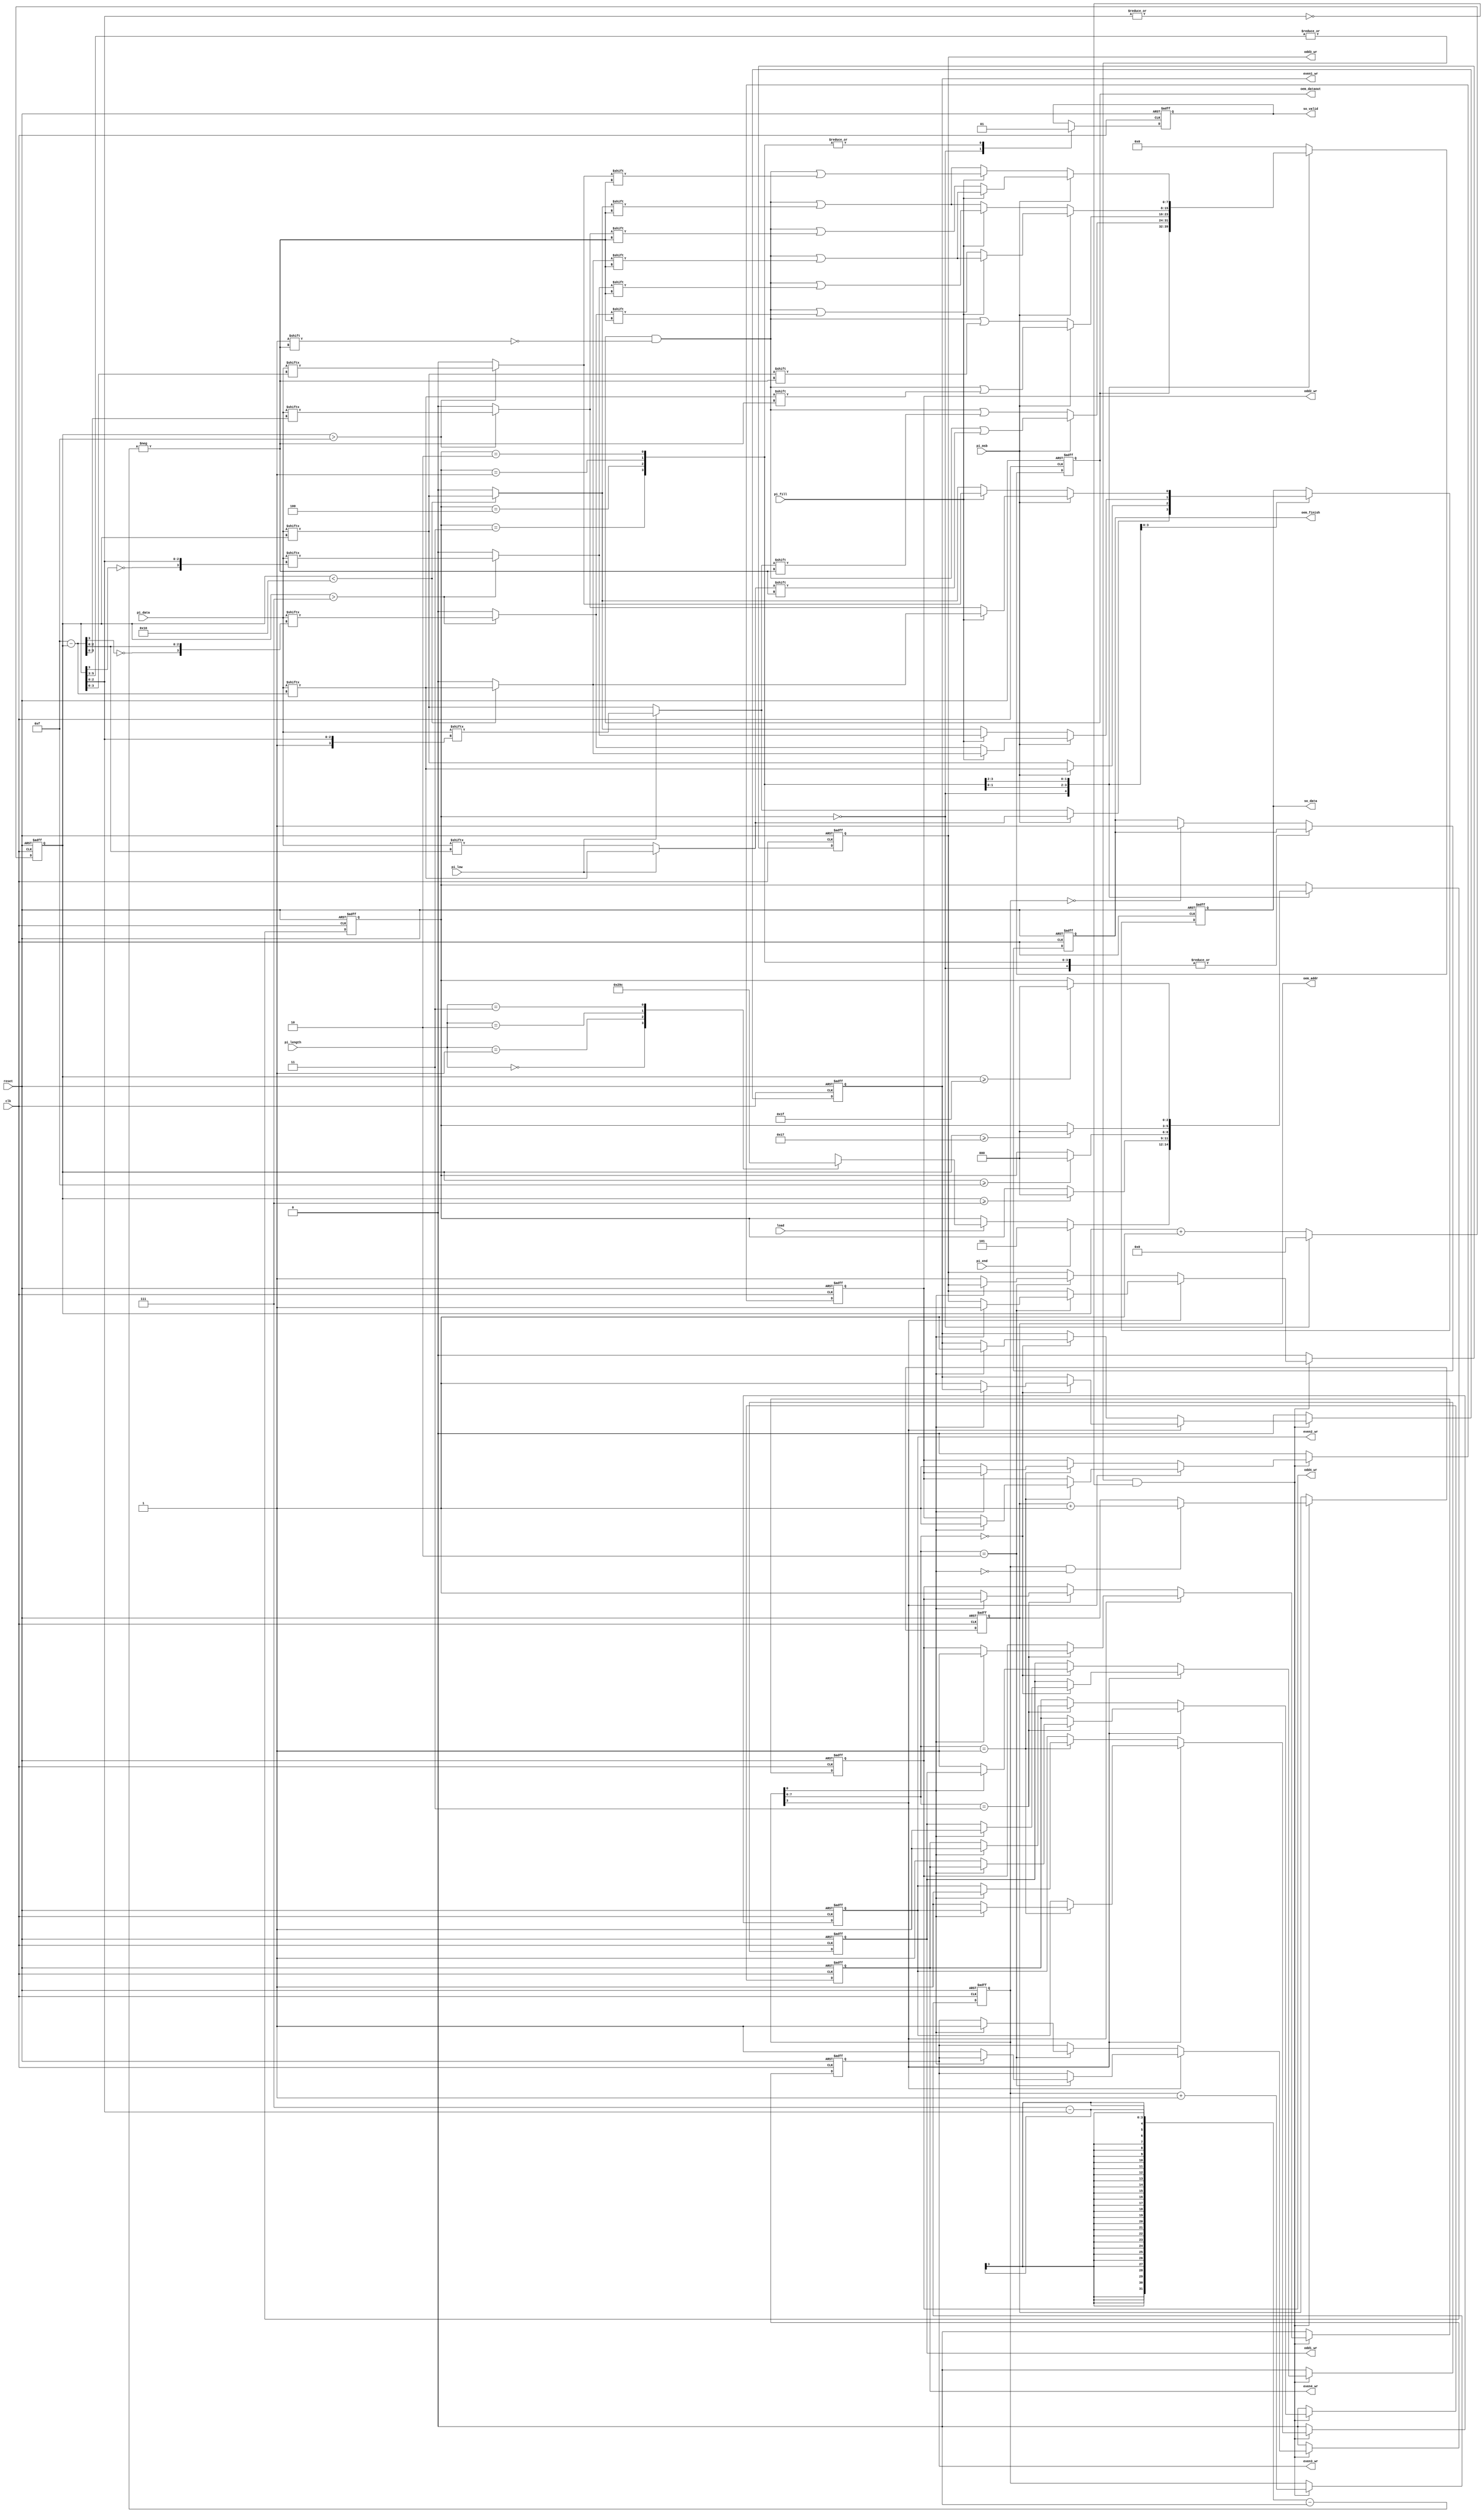
module STI_DAC(clk ,reset, load, pi_data, pi_length, pi_fill, pi_msb, pi_low, pi_end,
	       so_data, so_valid,
	       oem_finish, oem_dataout, oem_addr,
	       odd1_wr, odd2_wr, odd3_wr, odd4_wr, even1_wr, even2_wr, even3_wr, even4_wr);

input		clk, reset;
input		load, pi_msb, pi_low, pi_end; 
input	[15:0]	pi_data;
input	[1:0]	pi_length;
input		pi_fill;
output reg		so_data, so_valid;

output reg  oem_finish, odd1_wr, odd2_wr, odd3_wr, odd4_wr, even1_wr, even2_wr, even3_wr, even4_wr;
output reg [4:0] oem_addr;
output reg [7:0] oem_dataout;

reg [2:0] state;
reg [5:0] count;
reg [7:0] addr;

wire [5:0] index;
//==============================================================================


assign index = 4'd15-count;

/* 
1.

15-count	7-count  flag[3]=1  index[]
7-count


2.

15-count

3.

15-count
23-count

4.

15-count
31-count
 */


always@(posedge clk or posedge reset) begin
	if(reset) begin
		count <= 0;
		so_valid <= 0;
		so_data <= 0;
		state <= 0;
		oem_finish <= 0;
		oem_dataout <= 0;
	end
	else begin
		case(state)
		// wait load
		0: begin
			count <= 0;
			so_valid <= 0;
			
			if(load) begin
				case(pi_length)
					0: state <= 1;
					1: state <= 2;
					2: state <= 3;
					3: state <= 4;
				endcase
			end
			if(pi_end) state <= 5;
		end
		
		// 8bits
		1: begin
			so_valid <= 1;
			if(pi_msb) begin // reverse
				so_data <= pi_low ? pi_data[index] : pi_data[{1'b0, index[2:0]}];
				oem_dataout[7-count[2:0]] <= pi_low ? pi_data[index] : pi_data[{1'b0, index[2:0]}];
			end
			else begin
				so_data <= pi_low ? pi_data[{1'b1, count[2:0]}] : pi_data[count];		// in this case: count+8 equal to {1'b1, count[2:0]}
				oem_dataout[7-count[2:0]] <= pi_low ? pi_data[{1'b1, count[2:0]}] : pi_data[count];
			end
			
			count <= count+1;
			
			if(count>=7) begin
				state <= 0;
			end
		end
		
		// 16bits
		2: begin
			so_valid <= 1;
			if(pi_msb) begin // reverse
				so_data <= pi_data[index];
				oem_dataout[7-count[2:0]] <= pi_data[index];
			end
			else begin
				so_data <= pi_data[count];
				oem_dataout[7-count[2:0]] <= pi_data[count];
			end
			
			count <= count+1;
			
			if(count>=15) begin
				state <= 0;
			end
		end
		///////////////////////////////////////////////////////
		// 24bits
		3: begin
			so_valid <= 1;
			if(pi_msb) begin // reverse
				if(pi_fill) begin
					so_data <= count<16 ? pi_data[index] : 0;
					oem_dataout[7-count[2:0]] <= count<16 ? pi_data[index] : 0;
				end
				else begin
					so_data <= count>7 ? pi_data[{!index[3], index[2:0]}] : 0;
					oem_dataout[7-count[2:0]] <= count>7 ? pi_data[{!index[3], index[2:0]}] : 0;
				end
			end
			else begin
				if(pi_fill) begin
					so_data <= count>7 ? pi_data[{!count[3], count[2:0]}] : 0;		// in this case: {!count[3], count[2:0]} equal to count-8
					oem_dataout[7-count[2:0]] <= count>7 ? pi_data[{!count[3], count[2:0]}] : 0;
				end
				else begin
					so_data <= count<16 ? pi_data[count] : 0;
					oem_dataout[7-count[2:0]] <= count<16 ? pi_data[count] : 0;
				end
			end
			
			count <= count+1;
			
			if(count>=23) begin
				state <= 0;
			end
		end
		
		// 32bits
		4: begin
			so_valid <= 1;
			if(pi_msb) begin // reverse
				if(pi_fill) begin
					so_data <= count<16 ? pi_data[index] : 0;
					oem_dataout[7-count[2:0]] <= count<16 ? pi_data[index] : 0;
				end
				else begin
					so_data <= count>15 ? pi_data[index[3:0]] : 0;
					oem_dataout[7-count[2:0]] <= count>15 ? pi_data[index[3:0]] : 0;
				end
			end
			else begin
				if(pi_fill) begin
					so_data <= count>15 ? pi_data[count[3:0]] : 0;		// in this case: count[3:0] equal to count-16
					oem_dataout[7-count[2:0]] <= count>15 ? pi_data[count[3:0]] : 0;
				end
				else begin
					so_data <= count<16 ? pi_data[count] : 0;
					oem_dataout[7-count[2:0]] <= count<16 ? pi_data[count] : 0;
				end
			end
			
			count <= count+1;
			
			if(count>=31) begin
				state <= 0;
			end
		end
		
		// memory initialize
		default: begin
			oem_dataout <= 0;
			count <= count+1;
			if(!addr) oem_finish <= 1;
		end
		
		endcase
		
	end
end

always@(negedge clk or posedge reset) begin
	if(reset) begin
		oem_addr <= 0;
		addr <= 0;
		odd1_wr <= 0;
		odd2_wr <= 0;
		odd3_wr <= 0;
		odd4_wr <= 0;
		even1_wr <= 0;
		even2_wr <= 0;
		even3_wr <= 0;
		even4_wr <= 0;
	end
	else begin
		// DAC
		if((|count[5:3])&(!(|count[2:0]))) begin // test compare to if(!|count[2:0])
			if(addr[3]) begin // >8
				case(addr[7:6])
					2'b00: begin
						if(addr[0]) odd1_wr <= 1;
						else even1_wr <= 1;
					end
					2'b01: begin
						if(addr[0]) odd2_wr <= 1;
						else even2_wr <= 1;
					end
					2'b10: begin
						if(addr[0]) odd3_wr <= 1;
						else even3_wr <= 1;
					end
					2'b11: begin
						if(addr[0]) odd4_wr <= 1;
						else even4_wr <= 1;
					end
				endcase
			end
			else begin	// <8
				case(addr[7:6])
					2'b00: begin
						if(addr[0]) even1_wr <= 1;
						else odd1_wr <= 1;
					end
					2'b01: begin
						if(addr[0]) even2_wr <= 1;
						else odd2_wr <= 1;
					end
					2'b10: begin
						if(addr[0]) even3_wr <= 1;
						else odd3_wr <= 1;
					end
					2'b11: begin
						if(addr[0]) even4_wr <= 1;
						else odd4_wr <= 1;
					end
				endcase
			end
			if (addr && !addr[0]) oem_addr <= oem_addr+1;
			addr <= addr+1;
			
		end
		else begin
			odd1_wr <= 0;
			odd2_wr <= 0;
			odd3_wr <= 0;
			odd4_wr <= 0;
			even1_wr <= 0;
			even2_wr <= 0;
			even3_wr <= 0;
			even4_wr <= 0;
		end
	end
end





endmodule